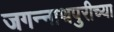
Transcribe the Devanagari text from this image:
जगन्‍नाथपुरीच्या